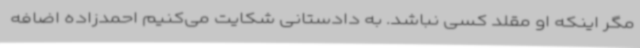
مگر اینکه او مقلد کسی نباشد. به دادستانی شکایت می‌کنیم احمدزاده اضافه